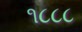
૧૮૮૮